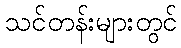
သင်တန်းများတွင်